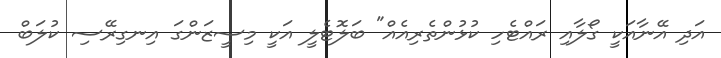
އަދި އޭނާއަކީ ގޯލާއި ރައްޓެހި ކުޅުންތެރިއެއް" ބަލޮޓެލީ އަކީ މިސީޒަންގަ އިނގިރޭސި ކުލަބް